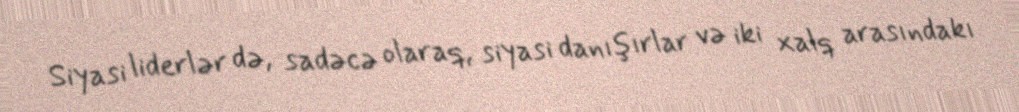
Siyasi liderlər də, sadəcə olaraq, siyasi danışırlar və iki xalq arasındakı